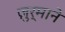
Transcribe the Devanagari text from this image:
ज़ुर्माने